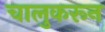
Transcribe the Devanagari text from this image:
चालुकरून